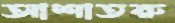
আশাতরু